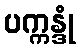
ပက္ကန္ဒုံ